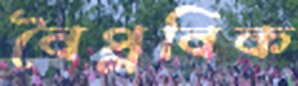
বৈপ্লবিক